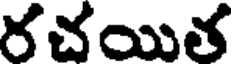
రచయిత